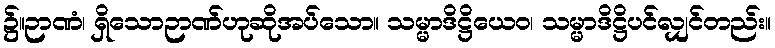
၌။ဉာဏံ၊ ရှိသောဉာဏ်ဟုဆိုအပ်သော။ သမ္မာဒိဋ္ဌိယေဝ၊ သမ္မာဒိဋ္ဌိပင်လျှင်တည်း။